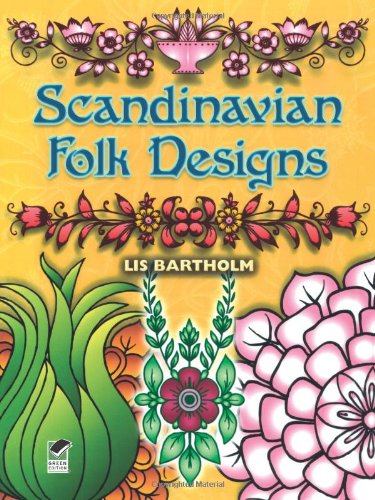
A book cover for Scandinavian Folk Designs (Dover Pictorial Archive); Lis Bartholm; Arts & Photography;